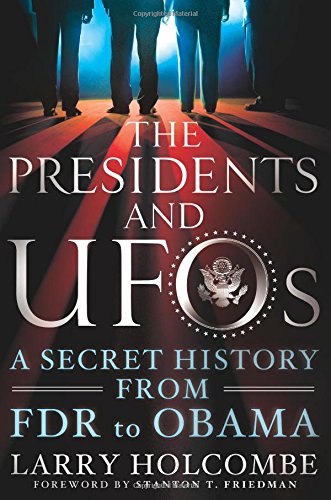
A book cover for The Presidents and UFOs: A Secret History from FDR to Obama; Larry Holcombe; Science & Math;